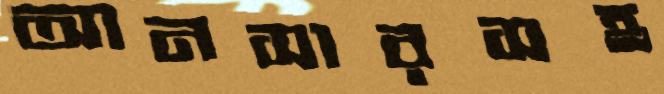
আনসারসহ